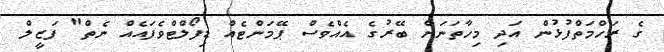
ގެ ރަހްމަތްފުޅުން އަދި މިހާތަނަށް ބޭރުގެ އެއްވެސް ޕޭމަންޓެއް ޑިފޯލްޓްވެފައެއް ނެތް" ފަޒީލް